Report of the Municipal Commissioner on the plague in Bombay for the year ending 31st May... - Volume 3
Disease focus: Plague
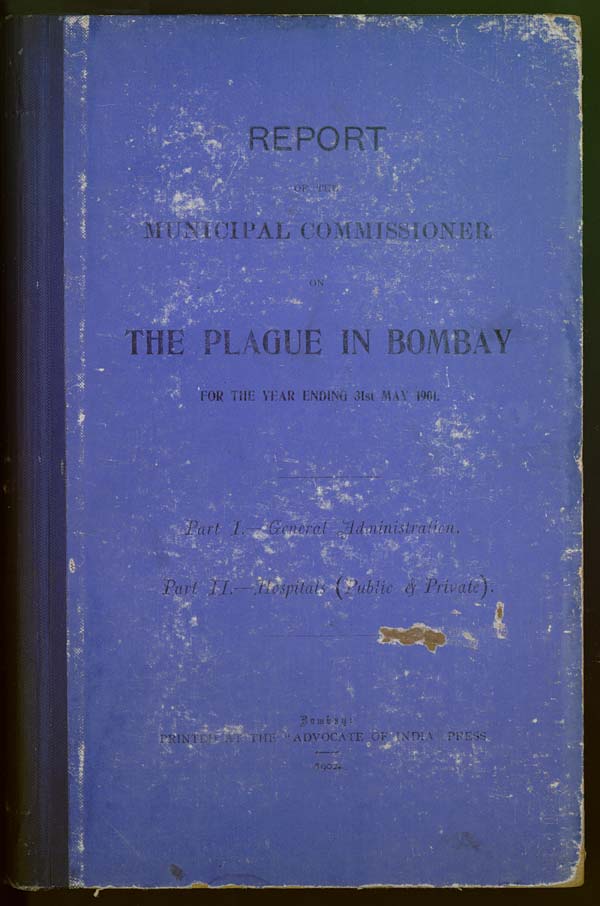
REPORT
OF THE
MUNICIPAL COMMISSIONER
ON
THE PLAGUE IN BOMBAY
FOR THE YEAR ENDING 31st MAY 1901.
Part I.— General Administration.
Part II.—Hospitals (Public & Private).
Bombay:
PRINTED AT THE "ADVOCATE OF INDIA" PRESS.
1902.